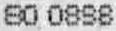
80 0898